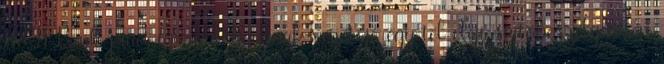
K&H Bank piaci igazgatóságának vezetője egy tél eleji sajtóbeszélgetésen